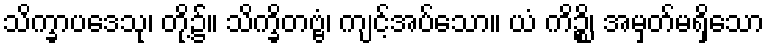
သိက္ခာပဒေသု၊ တို့၌။ သိက္ခိတဗ္ဗံ၊ ကျင့်အပ်သော။ ယံ ကိဉ္စိ၊ အမှတ်မရှိသော